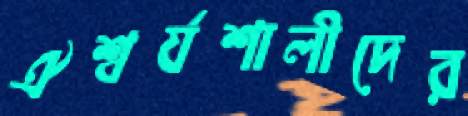
ঐশ্বর্যশালীদের